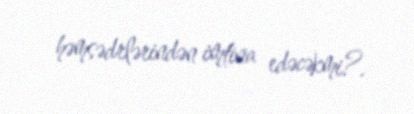
həmsədrlərindən imtina edəcəkmi?.